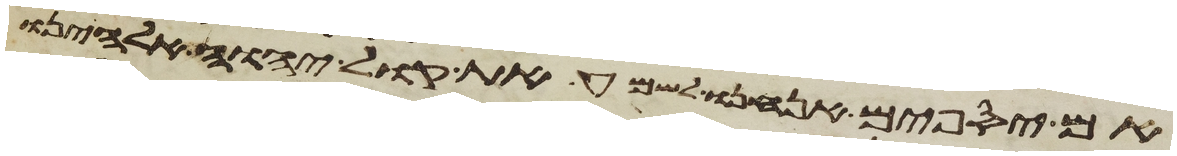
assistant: אם יספים אנחנו לשמע את קול יהוה אלהינו